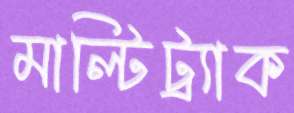
মাল্টিট্র্যাক